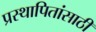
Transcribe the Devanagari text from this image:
प्रस्थापितांसाठी